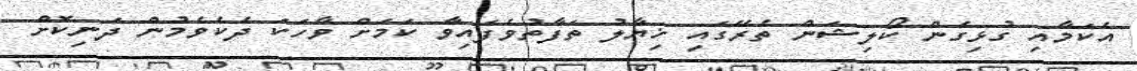
އެކަމާއި ގުޅިގެން ކޯލިޝަން ތެރޭގައި ޚިޔާލު ތަފާތުވެފައިވާ ކަމަށް ވާހަކަ ދެކެވެމުން ދަނިކޮށް